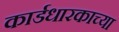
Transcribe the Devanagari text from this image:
कार्डधारकाच्या